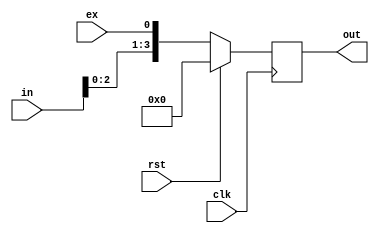
module rightshiftreg (in,clk,rst,ex,out);

input wire [3:0] in;
input wire clk;
input wire rst;
input wire ex;

output reg  [3:0] out;

always @(posedge clk) begin
    if(rst)

    out=4'b0000;

    else begin

    out ={in [2:0],ex};


    end
    
end
    
 endmodule